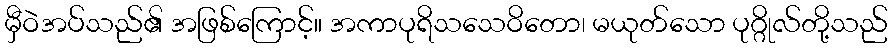
မှီဝဲအပ်သည်၏ အဖြစ်ကြောင့်။ အကာပုရိသသေဝိတော၊ မယုတ်သော ပုဂ္ဂိုလ်တို့သည်